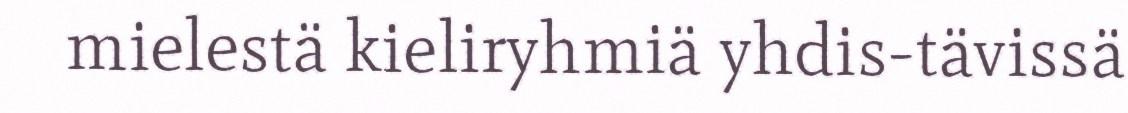
mielestä kieliryhmiä yhdis-tävissä